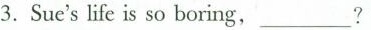
3. Sue's life is so boring,___?